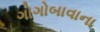
ગોગોબાવાના